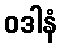
ဝဒါနံ